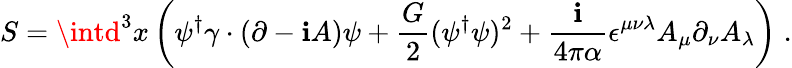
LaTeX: S=\intd^{3}x\left(\psi^{\dagger}\gamma\cdot(\partial-\mathbf{i}A)\psi+\frac{{G}}{{2}}(\psi^{\dagger}\psi)^{2}+\frac{{\mathbf{i}}}{{4\pi\alpha}}\epsilon^{\mu\nu\lambda}A_{\mu}\partial_{\nu}A_{\lambda}\right)\; .